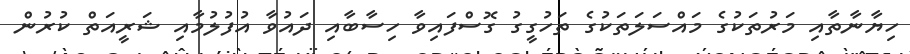
ހިޔާނާތާއި މަރުތަކުގެ މައްސަލަތަކުގެ ތަހުގީގު ގޮސްފައިވާ ހިސާބާއި ދައުވާ އުފުލުމާއި ޝަރީއަތް ކުރުން